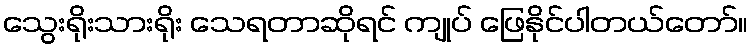
သွေးရိုးသားရိုး သေရတာဆိုရင် ကျုပ် ဖြေနိုင်ပါတယ်တော်။